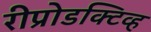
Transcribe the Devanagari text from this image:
रीप्रोडक्टिव्ह